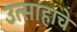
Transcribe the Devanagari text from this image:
उत्‍साहाचे